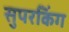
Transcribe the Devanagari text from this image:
सुपरकिंग